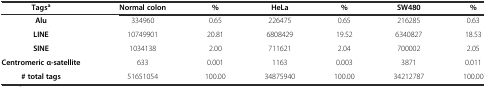
<table><thead><tr><td><b>Tags<sup>a</sup></b></td><td><b>Normal colon</b></td><td><b>%</b></td><td><b>HeLa</b></td><td><b>%</b></td><td><b>SW480</b></td><td><b>%</b></td></tr></thead><tbody><tr><td><b>Alu</b></td><td>334960</td><td>0.65</td><td>226475</td><td>0.65</td><td>216285</td><td>0.63</td></tr><tr><td><b>LINE</b></td><td>10749901</td><td>20.81</td><td>6808429</td><td>19.52</td><td>6340827</td><td>18.53</td></tr><tr><td><b>SINE</b></td><td>1034138</td><td>2.00</td><td>711621</td><td>2.04</td><td>700002</td><td>2.05</td></tr><tr><td><b>Centromeric α-satellite</b></td><td>633</td><td>0.001</td><td>1163</td><td>0.003</td><td>3871</td><td>0.011</td></tr><tr><td><b># total tags</b></td><td>51651054</td><td>100.00</td><td>34875940</td><td>100.00</td><td>34212787</td><td>100.00</td></tr></tbody></table>